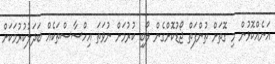
އަނެއްކޮޅުން މި ގޮތަށް ތުންފަތް ޖޯޑުކޮށްގެން ލޯބި ކުރުމަށް ނުވަތަ އިހްސާސްތަކެއް ބަދަލުކުރުމަކަށް